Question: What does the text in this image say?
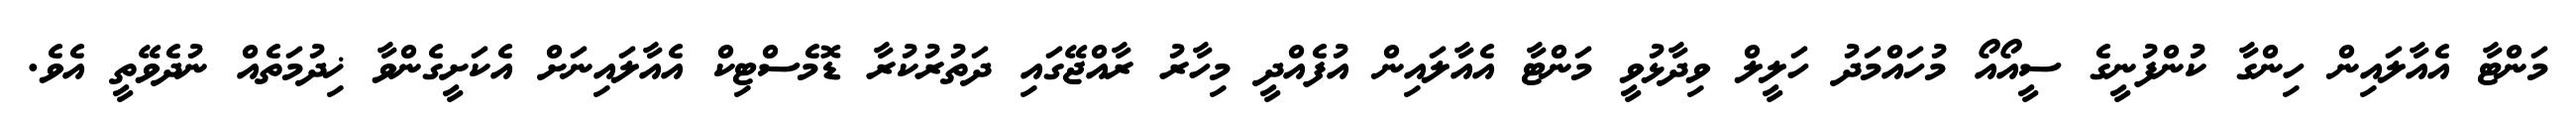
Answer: މަންޓާ އެއާލައިން ހިންގާ ކުންފުނީގެ ސީއޯއޯ މުހައްމަދު ހަލީލް ވިދާޅުވީ މަންޓާ އެއާލައިން އުފެއްދީ މިހާރު ރާއްޖޭގައި ދަތުރުކުރާ ޑޮމެސްޓިކް އެއާލައިނަށް އެކަށީގެންވާ ޚިދުމަތެއް ނުދެވޭތީ އެވެ.